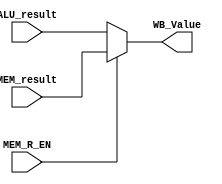
module WB(
	ALU_result,
	MEM_result,
	MEM_R_EN,
	WB_Value
);

	input MEM_R_EN;
	input [31:0] ALU_result, MEM_result;
	output [31:0] WB_Value;

	assign WB_Value = MEM_R_EN ? MEM_result:ALU_result;
    
endmodule